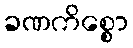
ခဏကိစ္စော